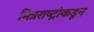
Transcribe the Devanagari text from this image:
मित्रराष्ट्रांकडून